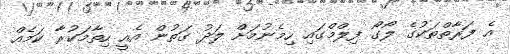
އެ ފަރާތްތަކުގެ ލޯގޯ ފިލްމްގައި ހިމެނުމަށް ލަދު ގަތުން އެއީ ހިތާމަކުރާ ކަމެއް